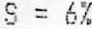
S = 6%